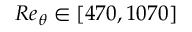
R e _ { \theta } \in [ 4 7 0 , 1 0 7 0 ]